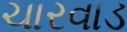
ચારવાડ